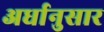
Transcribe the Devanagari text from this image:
अर्धानुसार